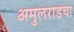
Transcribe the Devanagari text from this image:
अमुलराडचा